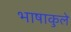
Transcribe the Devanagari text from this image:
भाषाकुले